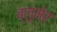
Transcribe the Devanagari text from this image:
ब्लुमेर